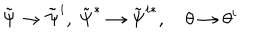
LaTeX: \tilde { \Psi } \rightarrow \tilde { \Psi } ^ { i } , \ \tilde { \Psi } ^ { * } \rightarrow \tilde { \Psi } ^ { i * } , \quad \theta \rightarrow \theta ^ { i }